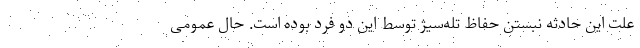
علت این حادثه نبستن حفاظ تله‌سیژ توسط این دو فرد بوده است. حال عمومی